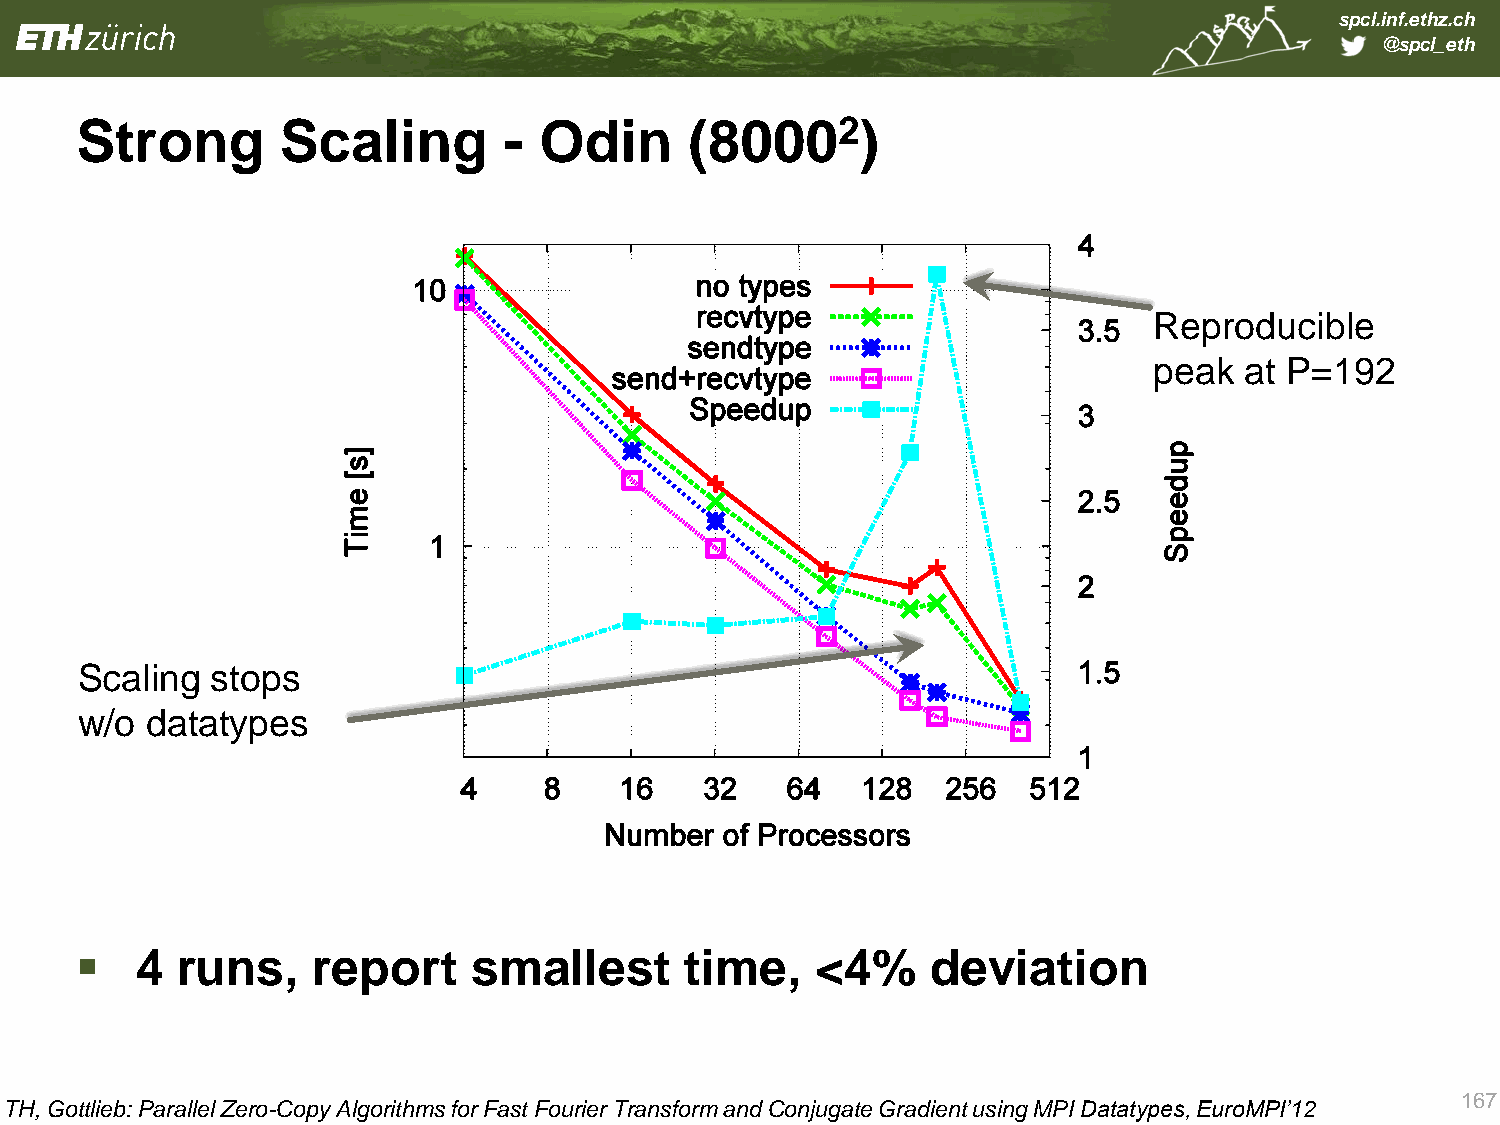
spcl.inf.ethz.ch
 @spcl_eth
 Strong        Scaling       -  Odin      (80002)
 Reproducible
 peak  at P=192
 Sca ling stops
 w/o  datatypes
    4  runs,    report    smallest      time,    <4%     deviation
 167
 TH, Gottlieb: Parallel Zero-Copy Algorithms for Fast Fourier Transform and Conjugate Gradient using MPI Datatypes, EuroMPI’12